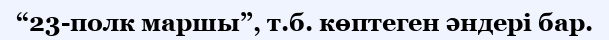
“23-полк маршы”, т.б. көптеген әндері бар.